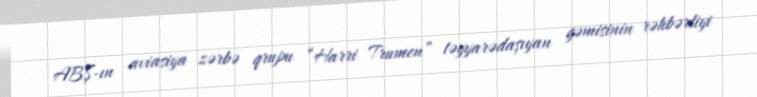
ABŞ-ın aviasiya zərbə qrupu “Harri Trumen” təyyarədaşıyan gəmisinin rəhbərliyi